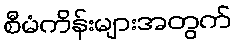
စီမံကိန်းများအတွက်